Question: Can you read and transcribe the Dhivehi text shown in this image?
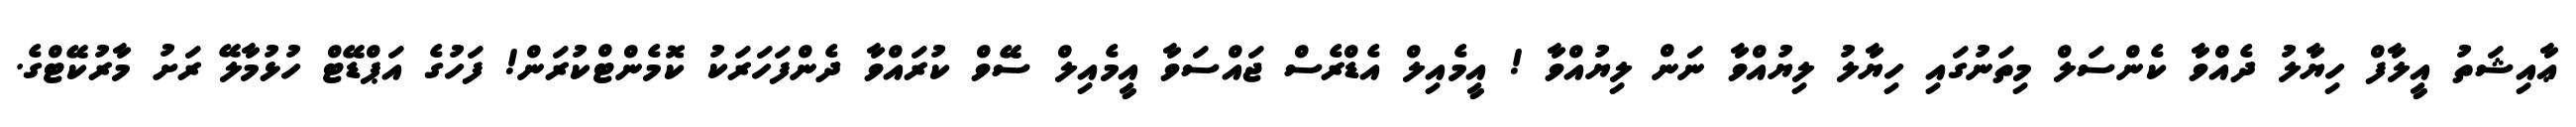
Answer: ޢާއިޝަތު އީލާފް ހިޔާލު ދެއްވާ ކެންސަލް މިތަނުގައި ހިޔާލު ލިޔުއްވާ ނަން ލިޔުއްވާ ! އީމެއިލް އެޑްރެސް ޖައްސަވާ އީމެއިލް ސޭވް ކުރައްވާ ދެންފަހަރަކު ކޮމެންޓްކުރަން! ފަހުގެ އަޕްޑޭޓް ހުޅުމާލޭ ރަށު މާރުކޭޓްގެ.